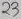
Text: 23